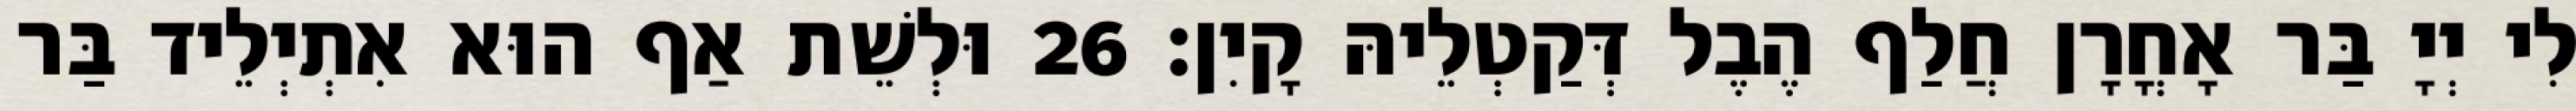
לִי יְיָ בַּר אָחֳרָן חֲלַף הֶבֶל דְּקַטְלֵיהּ קָיִן׃ 26 וּלְשֵׁת אַף הוּא אִתְיְלֵיד בַּר